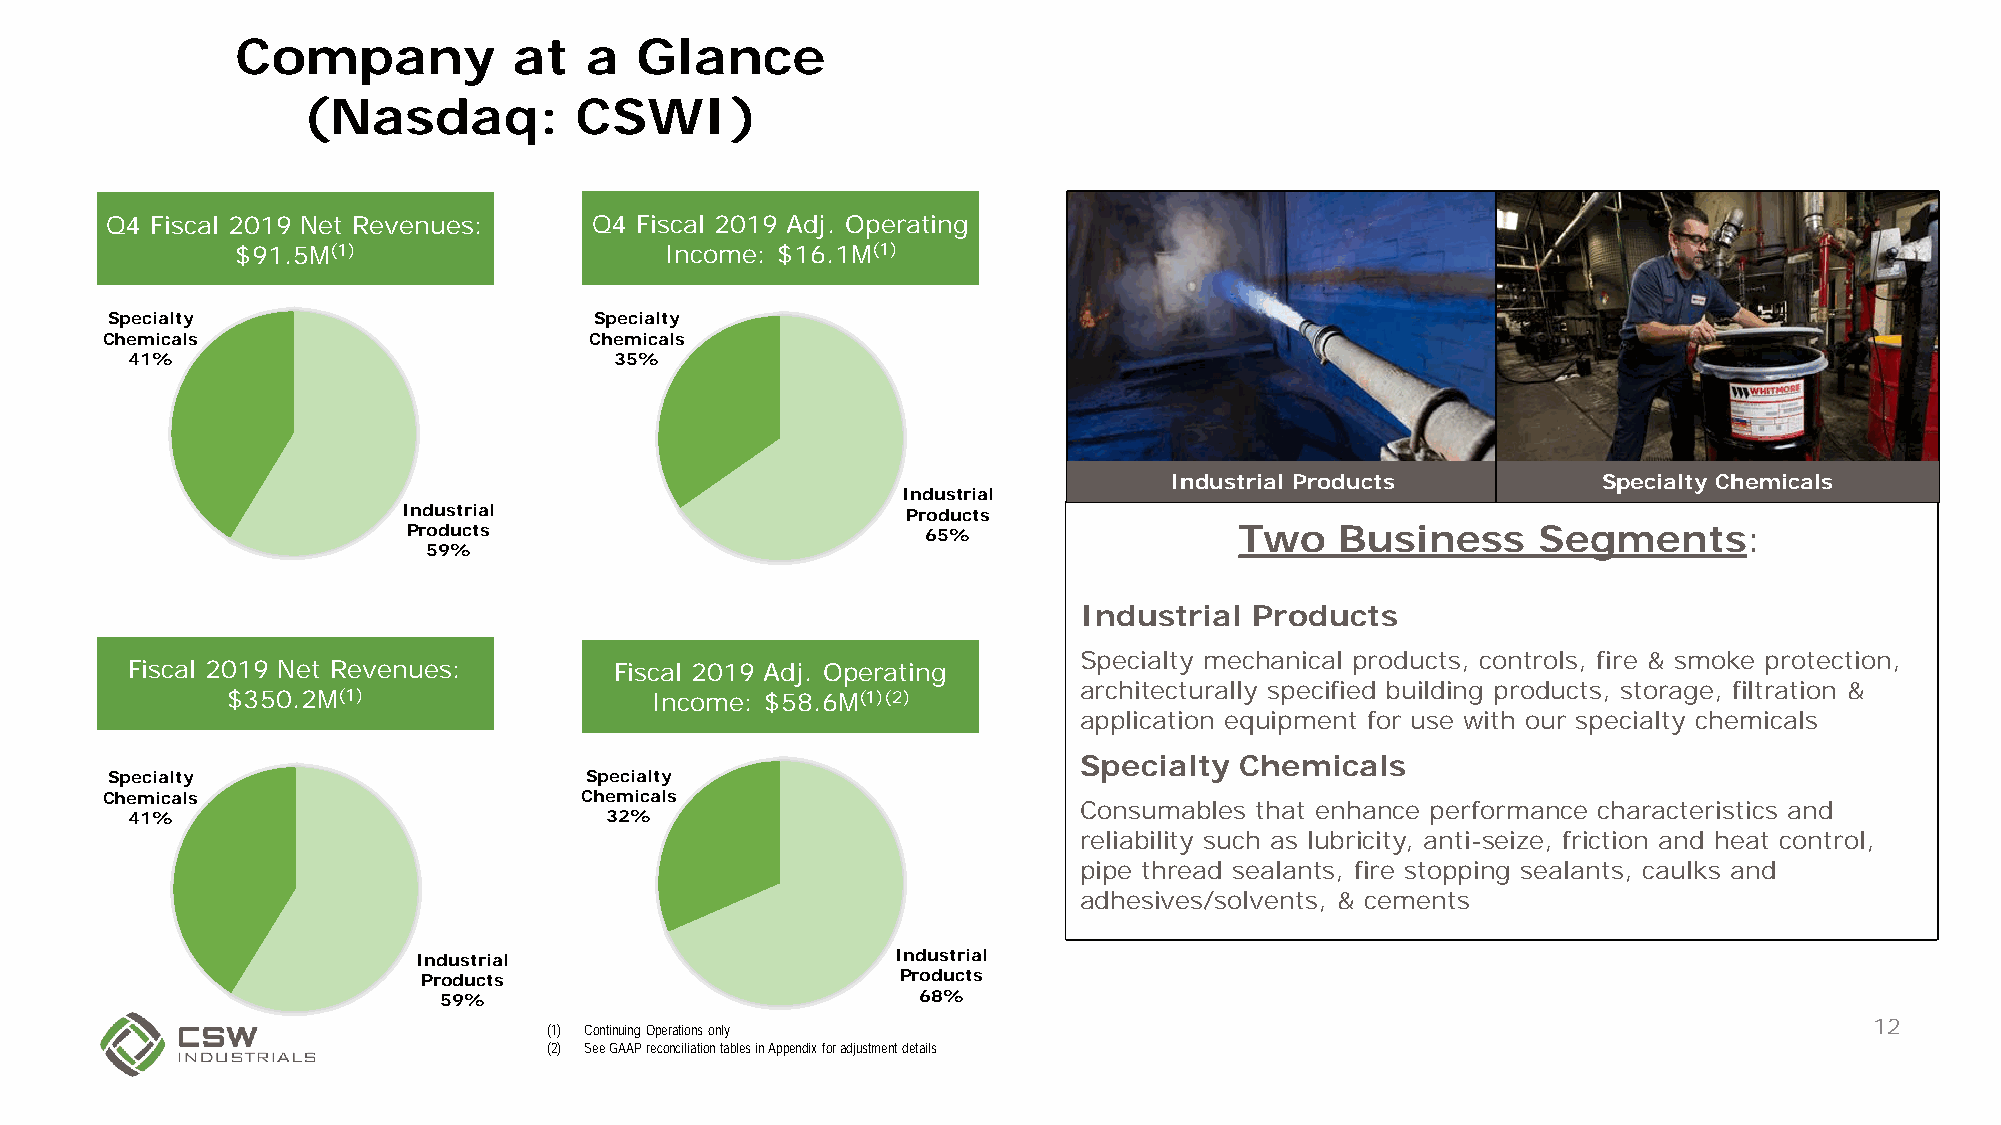
Company           at   a  Glance
 (Nasdaq:          CSWI)
 Q4 Fiscal 2019 Net Revenues:    Q4 Fiscal 2019 Adj. Operating
 $91.5M(1)                   Income: $16.1M(1)
 Specialty                       Specialty
 Chemicals                       Chemicals
 41%                              35%
 Industrial Products          Specialty Chemicals
 Industrial
 Industrial                       Products
 Products                          65%                  Two    Business     Segments:
 59%
 Industrial  Products
 Specialty mechanical products, controls, fire & smoke protection,
 Fiscal 2019 Net Revenues:        Fiscal 2019 Adj. Operating
 architecturally specified building products, storage, filtration &
 $350.2M(1)                  Income: $58.6M(1)(2)
 application equipment for use with our specialty chemicals
 Specialty  Chemicals
 Specialty                       Specialty
 Chemicals                      Chemicals
 Consumables that enhance performance characteristics and
 41%                             32%
 reliability such as lubricity, anti-seize, friction and heat control,
 pipe thread sealants, fire stopping sealants, caulks and
 adhesives/solvents, & cements
 Industrial                     Industrial
 Products                        Products
 59%                             68%
 12
 (1) Continuing Operations only
 (2) See GAAP reconciliation tables in Appendix for adjustment details